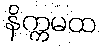
နိက္ကမထ